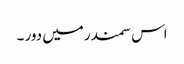
اس سمندر میں دور ۔